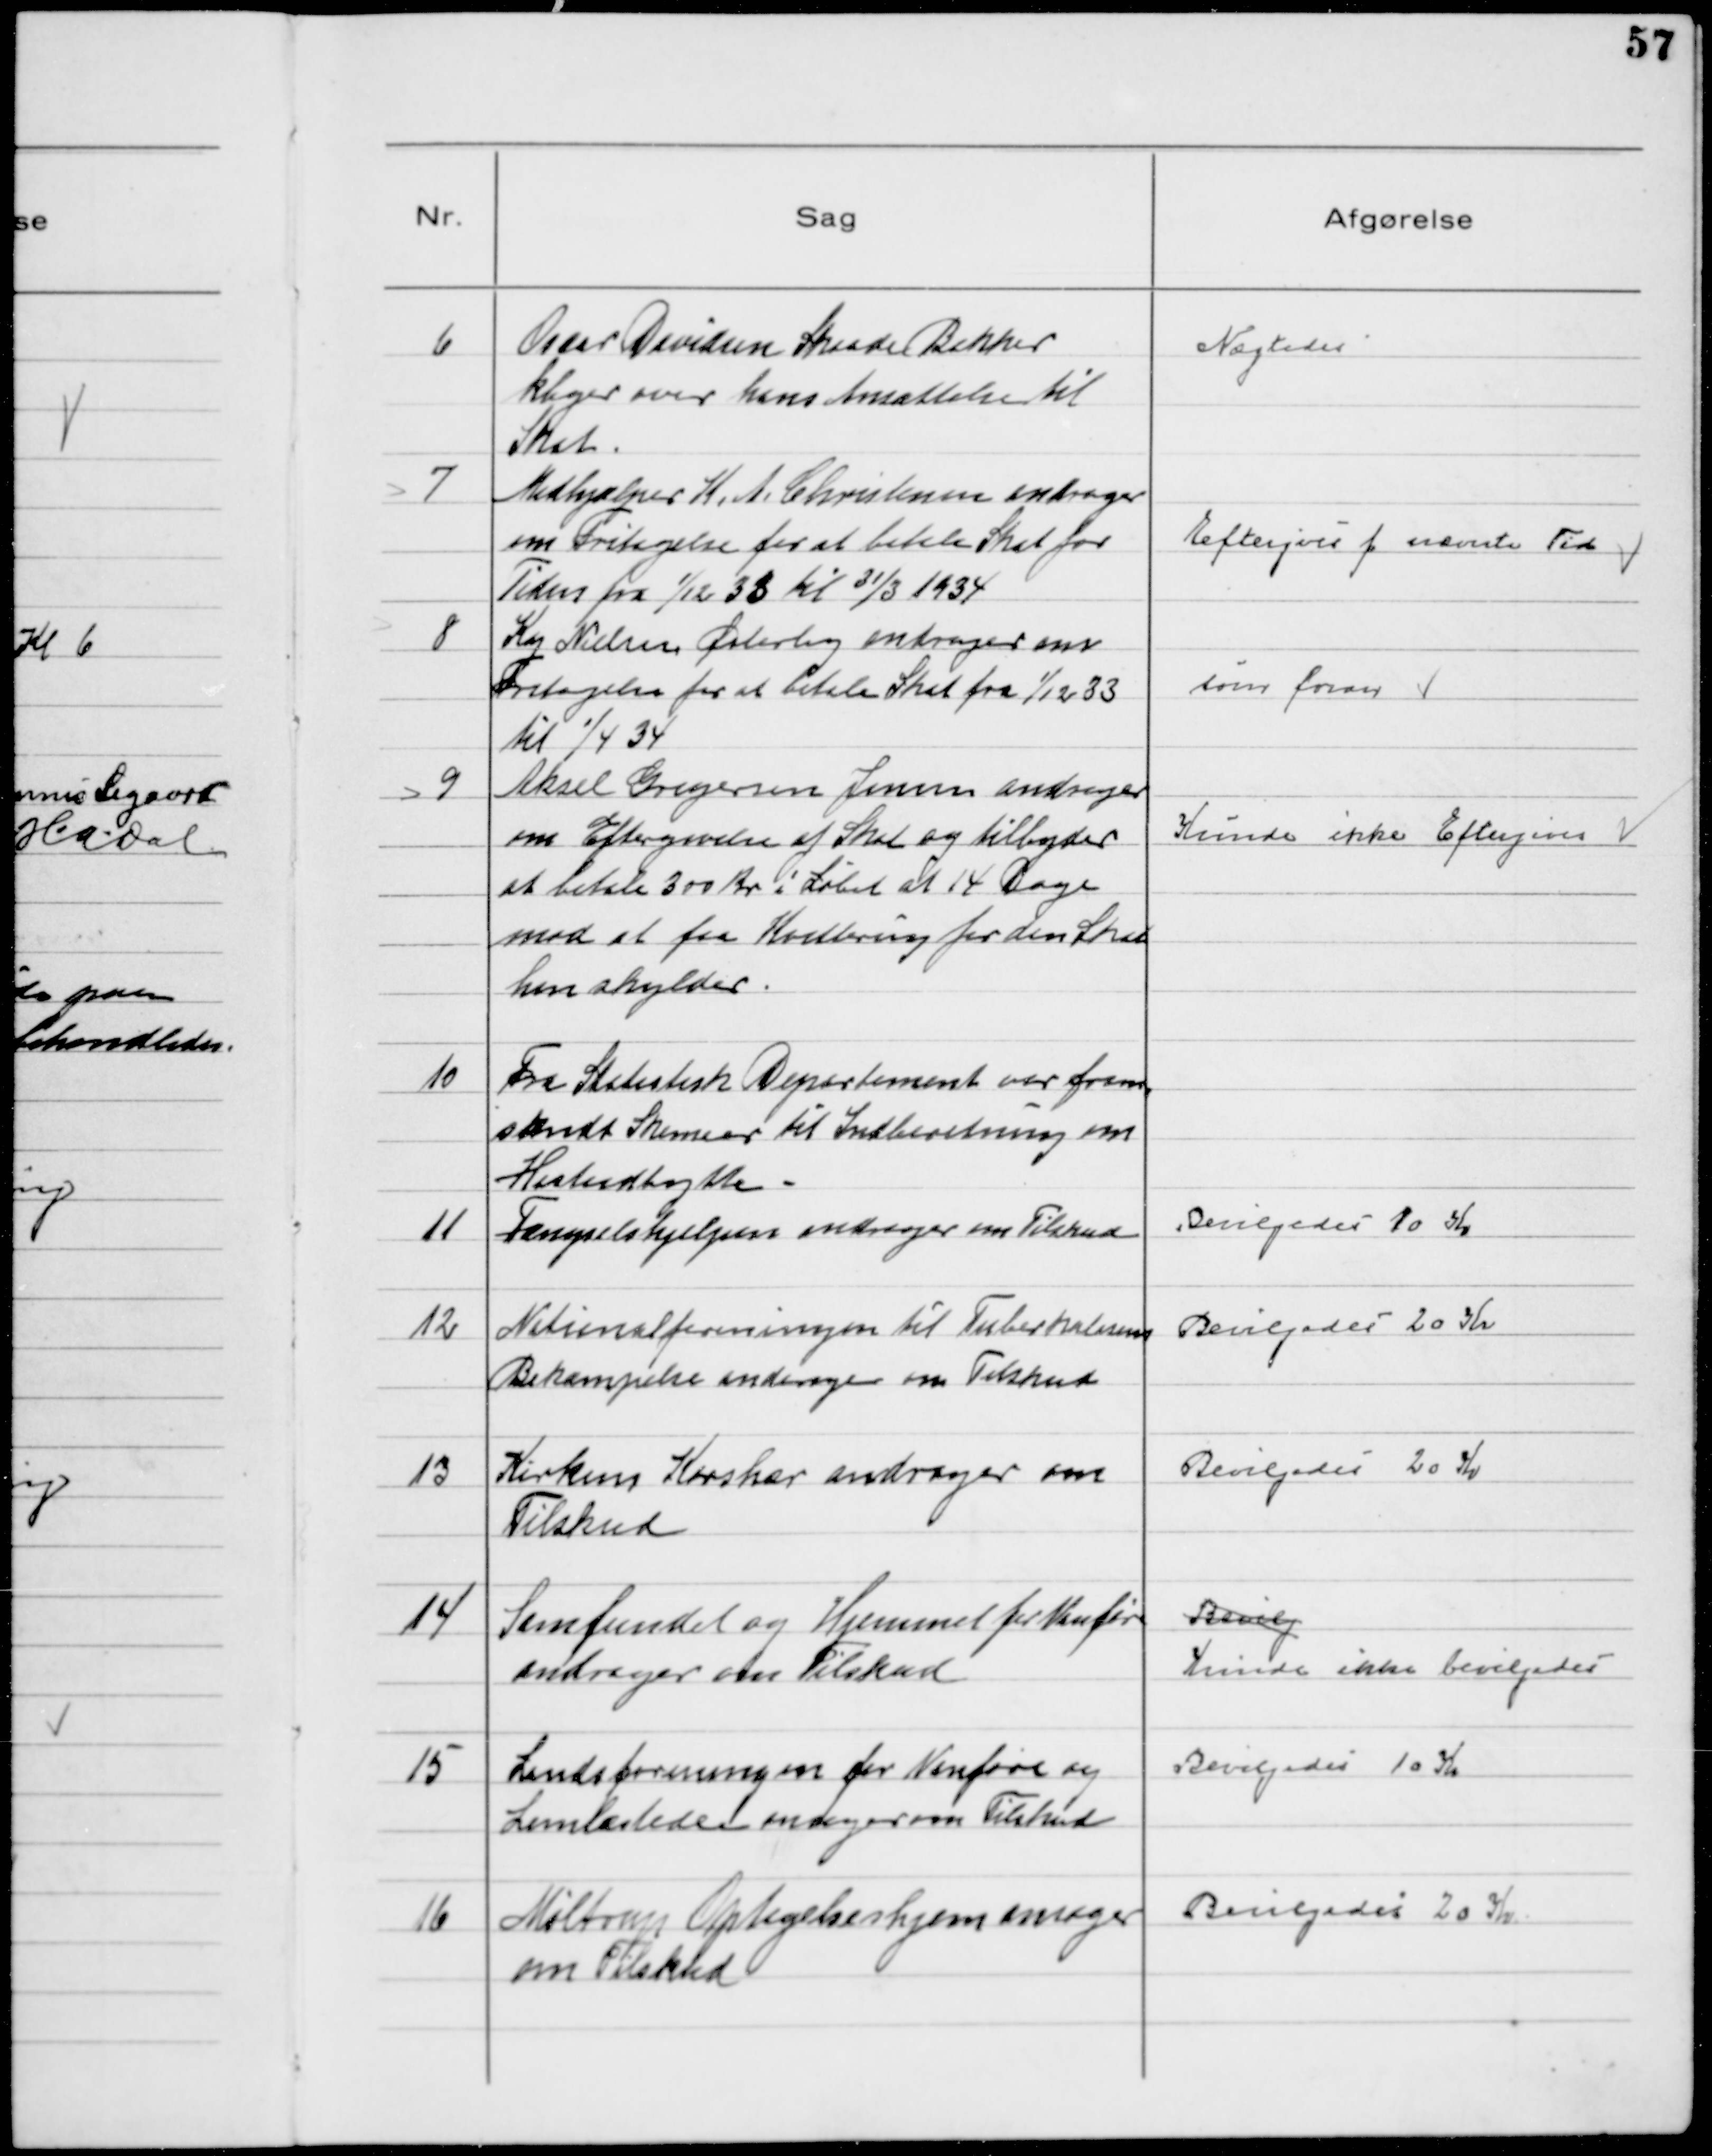
Transskription:
6
Oscar Davidsen Skaade Bakker
klager over hans Ansættelse til
Skat.

Nægtedes

7
Medhjælper K. A. Christensen andrager
om Fritagelse for at betale Skat for
Tiden fra 1/12 33 til 31/3 1934

Eftergives f nævnte Tid

8
Kaj Nielsen Østerby andrager om
Fritagelse for at betale Skat fra 1/12 33
til 1/4 34

som foran

9
Aksel Gregersen Jensen andrager
om Eftergivelse af Skat og tilbyder
at betale 300 Kr i Løbet af 14 Dage
mod at faa Kvittering for den Skat
han skylder.

Kunde ikke Eftergives

10
Fra Statistisk Departement var frem
sendt Skemaer til Indberetning om
Høstudbytte.

11
Fængselshjælpen andrager om Tilskud

Bevilgedes 10 Kr

12
Nationalforeningen til Tuberkulosens
Bekæmpelse andrager om Tilskud

Bevilgedes 20 Kr

13
Kirkens Korshær andrager om
Tilskud

Bevilgedes 20 Kr

14
Samfundet og Hjemmet for Vanføre
andrager om Tilskud

Bevilg
Kunde ikke bevilgedes

15
Landsforeningen for Vanføre og
Lemlæstede ansøger om Tilskud

Bevilgedes 10 Kr

16
Møltrup Optagelseshjem ansøger
om Tilskud

Bevilgedes 20 Kr